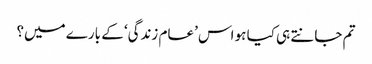
تم جانتے ہی کیا ہو اس ’عام زندگی‘ کے بارے میں؟